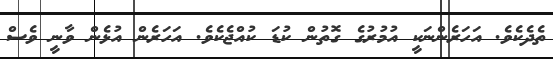
ތެދެކެވެ. އަހަރެންނަކީ އުމުރުގެ ގޮތުން ކުޑަ ކުއްޖެކެވެ. އަހަރެން އުޅެން ވާނީ ވެސް